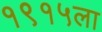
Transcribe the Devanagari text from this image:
१९१५ला